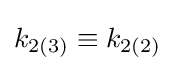
k_{2(3)}\equiv k_{2(2)}